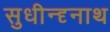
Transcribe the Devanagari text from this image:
सुधीन्दृनाथ